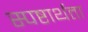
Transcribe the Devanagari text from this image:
स्पष्टार्थता